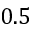
0 . 5